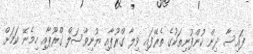
ފައިސާ ދިން ކުންފުނިތަކުގެ ތެރޭފައި ވިލާ ގްރޫޕާއި ޔުނިވާސަލް ގްރޫޕާއި ހިމެނޭ ކަމަށް